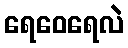
ရေဝေရေလဲ